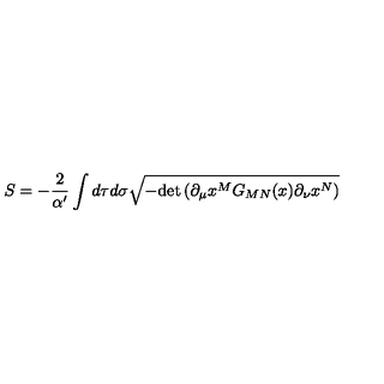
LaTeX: S = - \frac { 2 } { \alpha ^ { \prime } } \int d \tau d \sigma \sqrt { - \mathrm { d e t } \left( \partial _ { \mu } x ^ { M } G _ { M N } ( x ) \partial _ { \nu } x ^ { N } \right) }